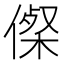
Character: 𠍇